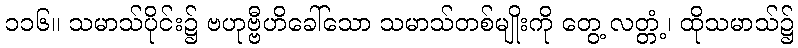
၁၁၆။ သမာသ်ပိုင်း၌ ဗဟုဗ္ဗီဟိခေါ်သော သမာသ်တစ်မျိုးကို တွေ့ လတ္တံ့၊ ထိုသမာသ်၌